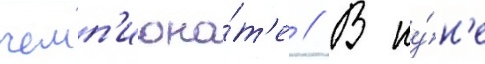
чемп'иона́т'е // В иу́н'е